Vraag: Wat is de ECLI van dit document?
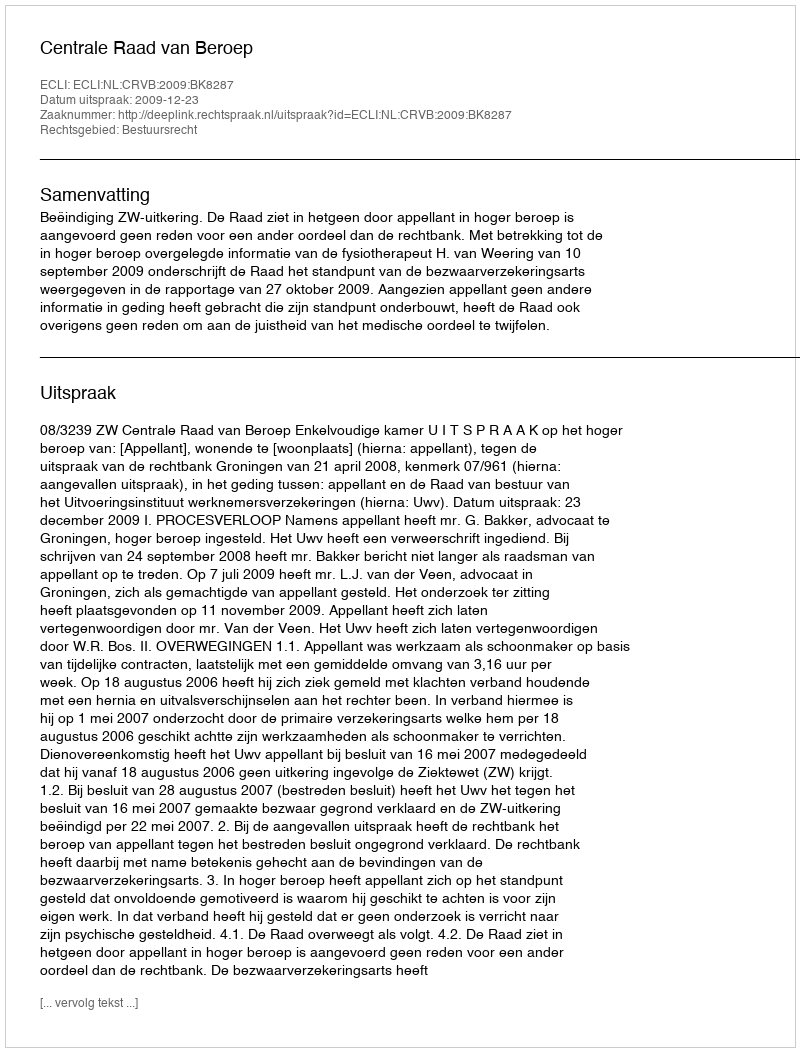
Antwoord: ECLI:NL:CRVB:2009:BK8287